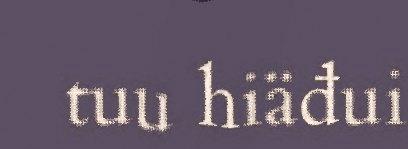
tuu hiäđui